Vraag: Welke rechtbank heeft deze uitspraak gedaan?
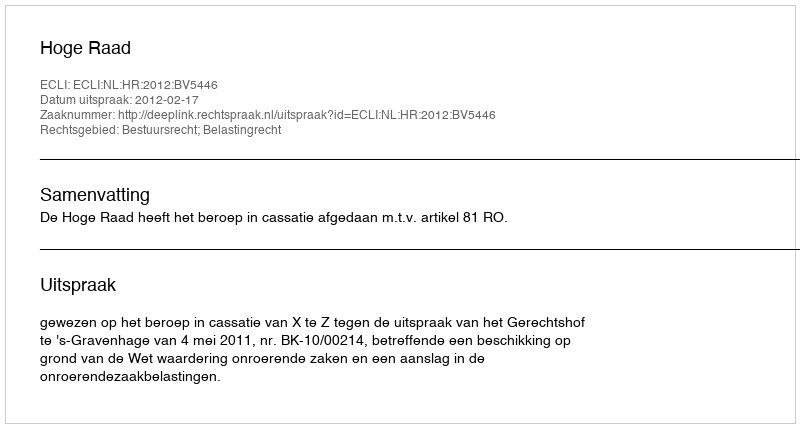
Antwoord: Hoge Raad